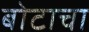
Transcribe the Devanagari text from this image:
बोटाचा